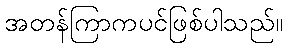
အတန်ကြာကပင်ဖြစ်ပါသည်။